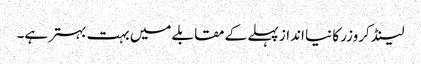
لینڈ کروزر کا نیا انداز پہلے کے مقابلے میں بہت بہتر ہے۔